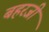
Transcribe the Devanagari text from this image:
बहरजी